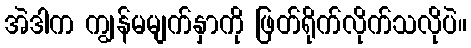
အဲဒါက ကျွန်မမျက်နှာကို ဖြတ်ရိုက်လိုက်သလိုပဲ။